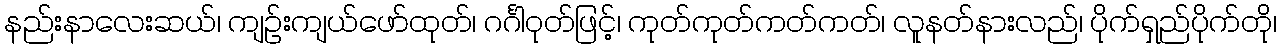
နည်းနာလေးဆယ်၊ ကျဉ်းကျယ်ဖော်ထုတ်၊ ဂင်္ဂါဝုတ်ဖြင့်၊ ကုတ်ကုတ်ကတ်ကတ်၊ လူနတ်နားလည်၊ ပိုက်ရှည်ပိုက်တို၊